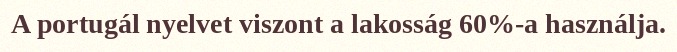
A portugál nyelvet viszont a lakosság 60%-a használja.